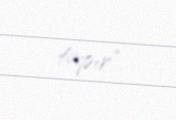
tapır".